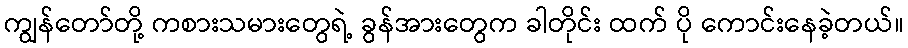
ကျွန်တော်တို့ ကစားသမားတွေရဲ့ ခွန်အားတွေက ခါတိုင်း ထက် ပို ကောင်းနေခဲ့တယ်။